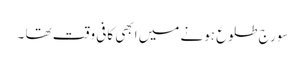
سورج طلوع ہونے میں ابھی کافی وقت تھا ۔